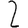
Digit: 2